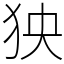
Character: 㹧